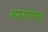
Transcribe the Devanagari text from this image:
संस्कृतीतला